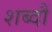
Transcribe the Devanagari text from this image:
शब्दौं